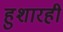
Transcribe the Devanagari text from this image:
हुशारही